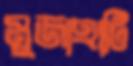
মুজাহাটি